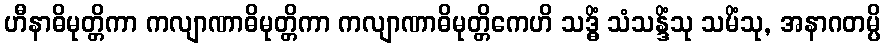
ဟီနာဓိမုတ္တိကာ ကလျာဏာဓိမုတ္တိကာ ကလျာဏာဓိမုတ္တိကေဟိ သဒ္ဓိံ သံသန္ဒိံသု သမိံသု, အနာဂတမ္ပိ